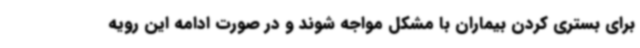
برای بستری کردن بیماران با مشکل مواجه شوند و در صورت ادامه این رویه